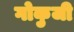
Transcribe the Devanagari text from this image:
गोकुजी